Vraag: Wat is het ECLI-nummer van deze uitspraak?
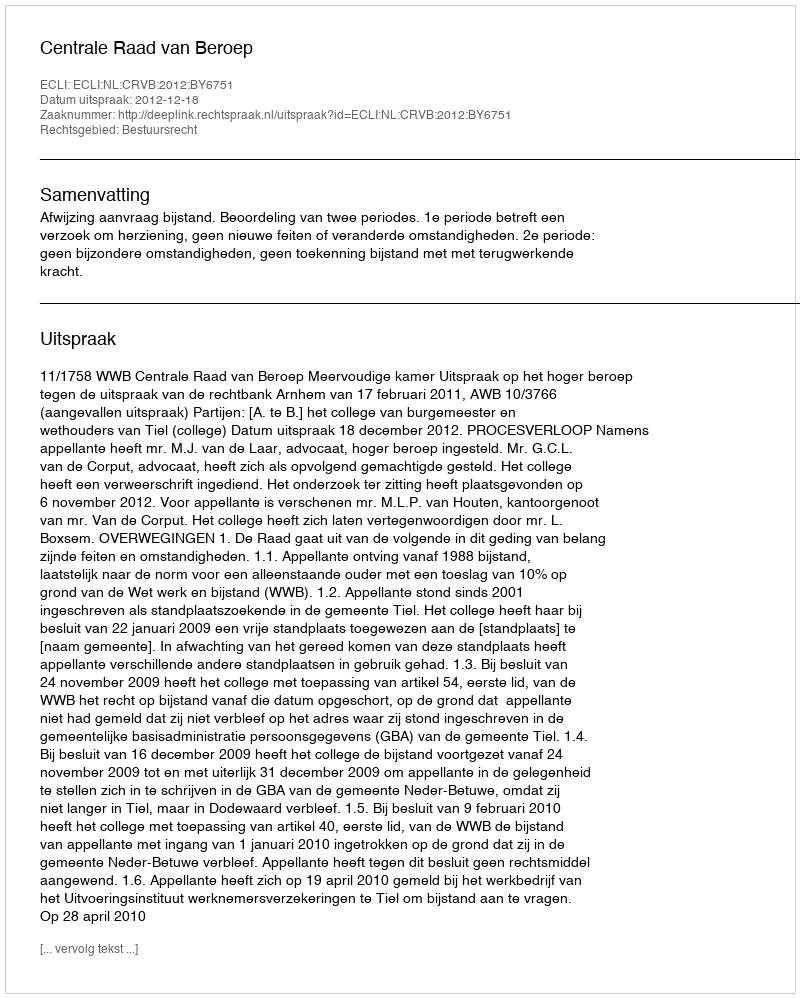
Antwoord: ECLI:NL:CRVB:2012:BY6751